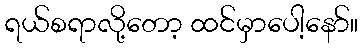
ရယ်စရာလို့တော့ ထင်မှာပေါ့နော်။